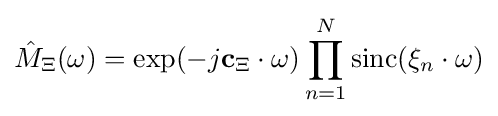
{\hat {M}}_{\Xi }(\omega )=\exp(-j\mathbf {c} _{\Xi }\cdot \omega )\prod _{n=1}^{N}\operatorname {sinc} (\xi _{n}\cdot \omega )